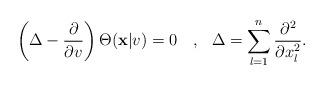
LaTeX: \begin{align*}\left( \Delta -\dfrac{\partial}{\partial v}\right) \Theta (\mathbf{x}\vert v)=0 \ \ \ , \ \ \Delta =\sum_{l=1}^{n}\dfrac{\partial^{2}}{\partial x_{l}^{2}}.\end{align*}